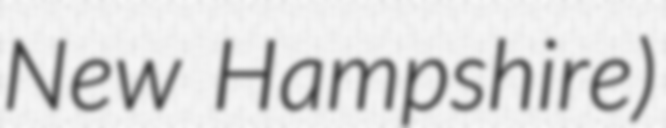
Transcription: New Hampshire)